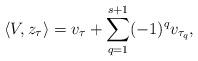
LaTeX: \begin{align*} \langle V, z_\tau \rangle = v_\tau + \sum_{q=1}^{s+1} (-1)^q v_{\tau_q},\end{align*}